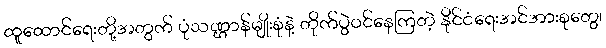
ထူထောင်ရေးတို့အတွက် ပုံသဏ္ဌာန်မျိုးစုံနဲ့ တိုက်ပွဲဝင်နေကြတဲ့ နိုင်ငံရေးအင်အားစုတွေ၊